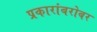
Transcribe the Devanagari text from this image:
प्रकारांबरोबर